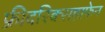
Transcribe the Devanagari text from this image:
फ्रीदरिक्सहाफेन